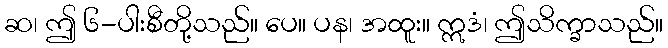
ဆ၊ ဤ ၆-ပါးစီတို့သည်။ ပေ။ ပန၊ အထူး။ ဣဒံ၊ ဤသိက္ခာသည်။